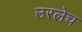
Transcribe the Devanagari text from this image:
उरलेच